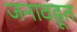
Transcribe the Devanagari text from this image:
जनावहूत